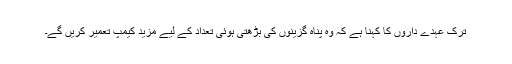
ترک عہدے داروں کا کہنا ہے کہ وہ پناہ گزینوں کی بڑھتی ہوئی تعداد کے لیے مزید کیمپ تعمیر کریں گے۔